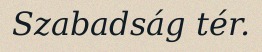
Szabadság tér.